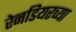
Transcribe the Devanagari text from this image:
रेनडियरच्या